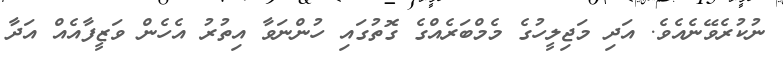
ނުކުރެވޭނެއެވެ. އަދި މަޖިލީހުގެ މެމްބަރެއްގެ ގޮތުގައި ހުންނަވާ އިތުރު އެހެން ވަޒީފާއެއް އަދާ